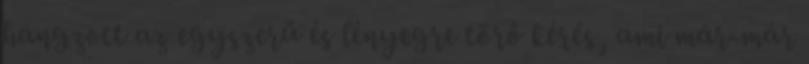
hangzott az egyszerű és lényegre törő kérés, ami már-már